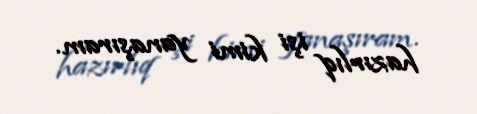
hazırlıq işi kimi yanaşıram.